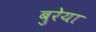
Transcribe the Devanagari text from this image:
बुरेया